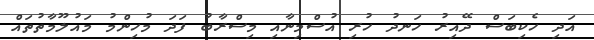
އަދި ހެކިބަސް ދޭއިރު ހަނދު ހުރި އުސްމިނާއި މިސްރާބު ފަދަ މުހިންމު މައުލޫމާތުތައް